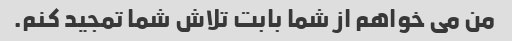
من می خواهم از شما بابت تلاش شما تمجید کنم.